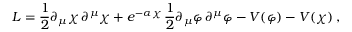
{ \cal L } = \frac { 1 } { 2 } \partial _ { \mu } \chi \, \partial ^ { \mu } \chi + e ^ { - \alpha \chi } \, \frac { 1 } { 2 } \partial _ { \mu } \varphi \, \partial ^ { \mu } \varphi - V ( \varphi ) - V ( \chi ) \, ,